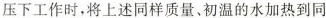
压下工作时，将上述同样质量、初温的水加热到同